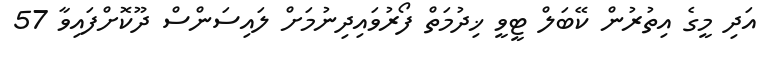
އަދި މީގެ އިތުރުން ކޭބަލް ޓީވީ ޚިދުމަތް ފޯރުވައިދިނުމަށް ލައިސަންސް ދޫކޮށްފައިވާ 57